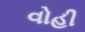
વોહી